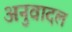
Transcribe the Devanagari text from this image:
अनुवादल